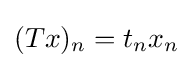
(Tx)_{n}=t_{n}x_{n}